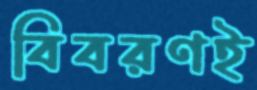
বিবরণই